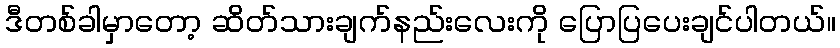
ဒီတစ်ခါမှာတော့ ဆိတ်သားချက်နည်းလေးကို ပြောပြပေးချင်ပါတယ်။